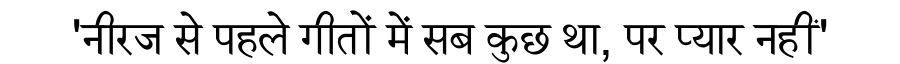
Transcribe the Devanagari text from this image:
'नीरज से पहले गीतों में सब कुछ था, पर प्यार नहीं'